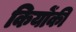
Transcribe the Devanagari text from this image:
कियोंकी